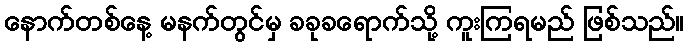
နောက်တစ်နေ့ မနက်တွင်မှ ခခုခရောက်သို့ ကူးကြရမည် ဖြစ်သည်။